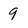
Character: 9